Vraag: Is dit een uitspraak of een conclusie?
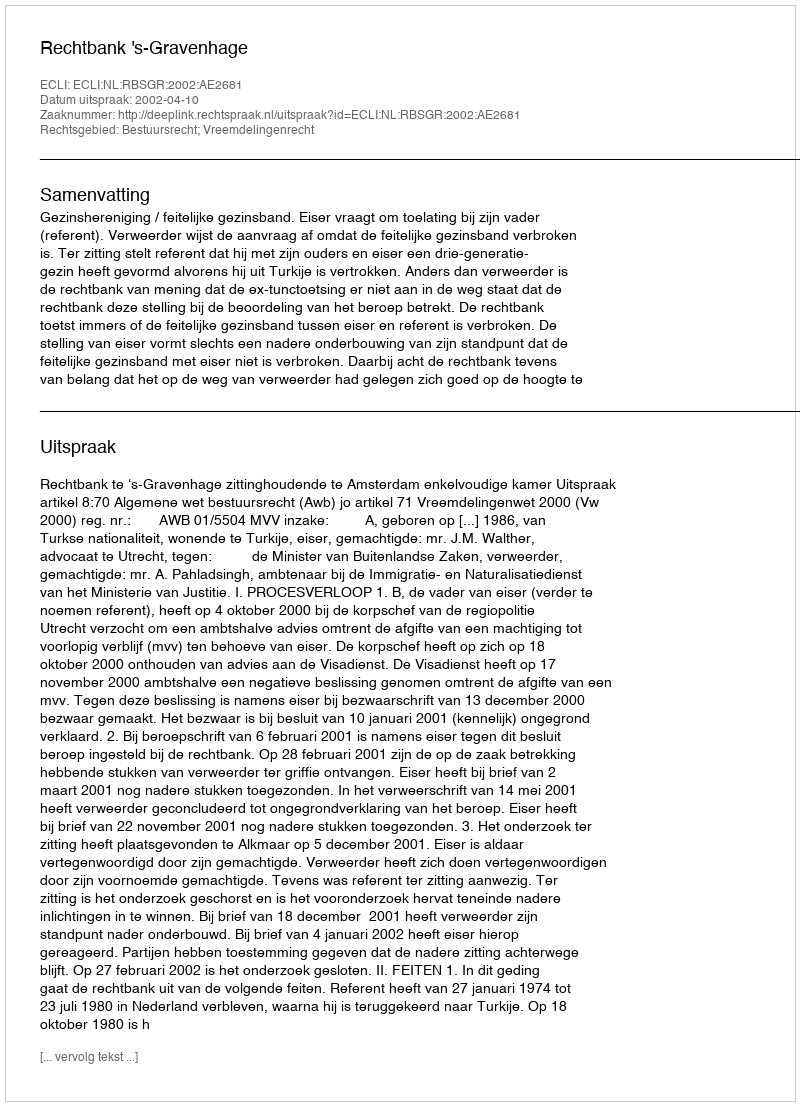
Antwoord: Uitspraak